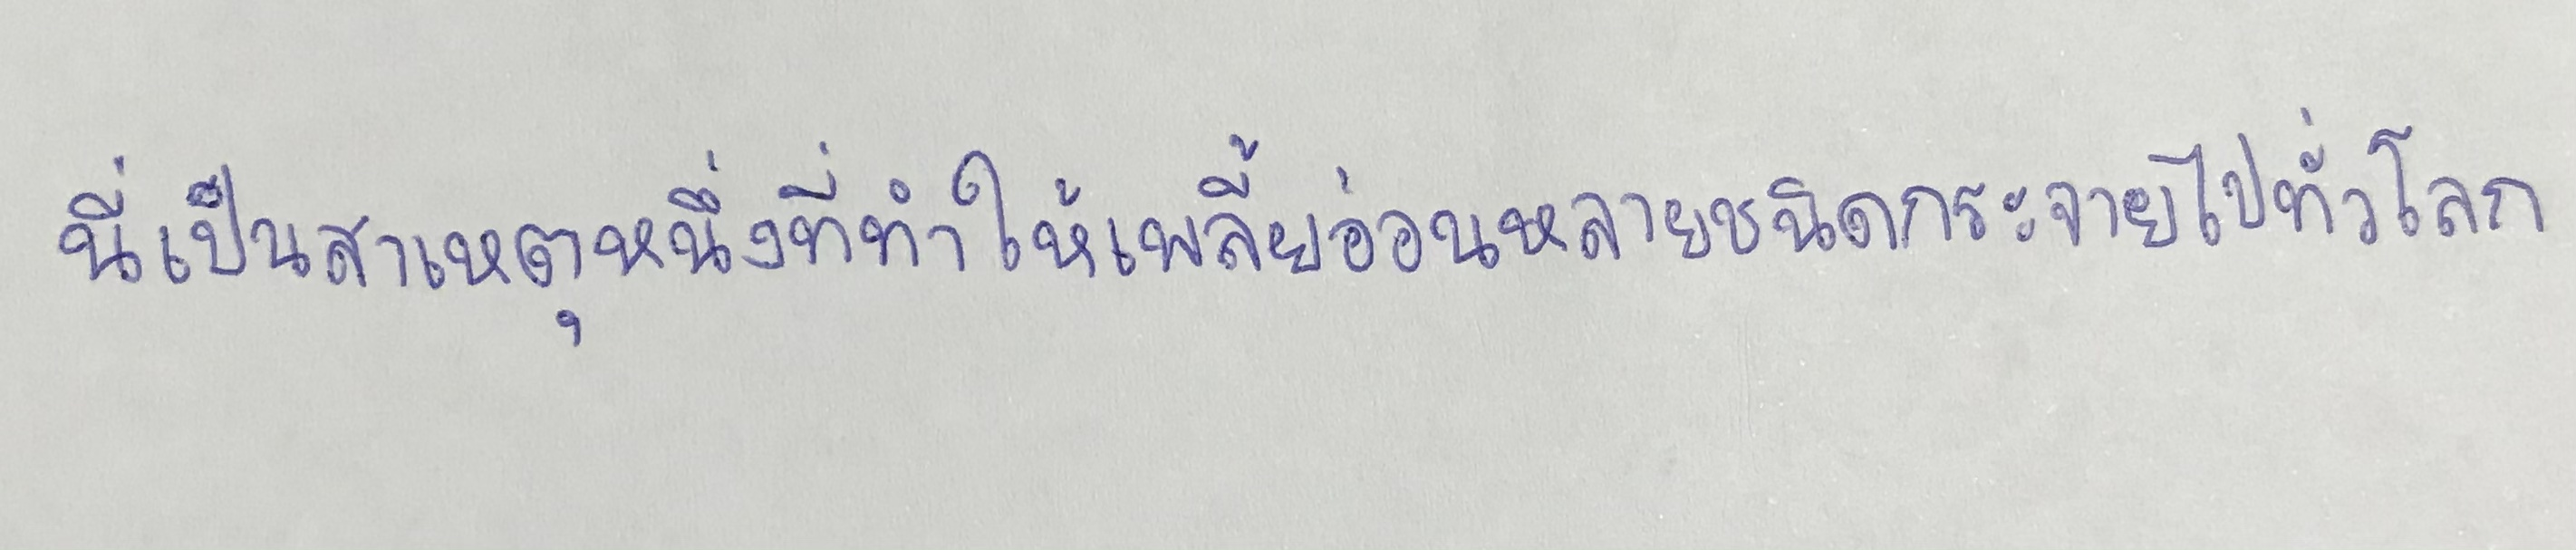
นี่เป็นสาเหตุหนึ่งที่ทำให้เพลี้ยอ่อนหลายชนิดกระจายไปทั่วโลก